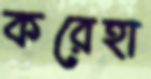
করেহা